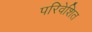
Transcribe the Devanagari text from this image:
परिवेशित